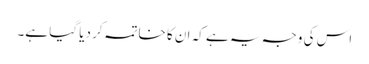
اس کی وجہ یہ ہے کہ ان کا خاتمہ کر دیا گیا ہے۔